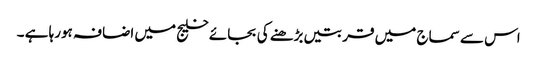
اس سے سماج میں قربتیں بڑھنے کی بجائے خلیج میں اضافہ ہورہا ہے ۔